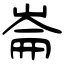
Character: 崙